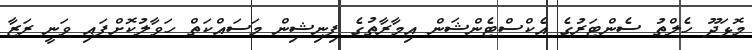
މޮޅަދޫ ހެލްތު ސެންޓަރުގެ އެކްސްޓެންޝަން އިމާރާތުގެ ފިނިޝިން މަސައްކަތް ހަވާލުކޮށްފައި ވަނީ ރަޒާ